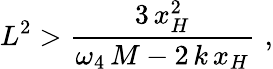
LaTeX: L^{2}>\frac{3\, x_{H}^{2}}{\omega_{4}\, M-2\, k\, x_{H}}\, \, ,